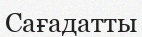
Сағадатты